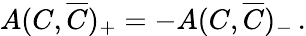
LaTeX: A(C,\overline{{{C}}})_{+}=-A(C,\overline{{{C}}})_{-}\, .